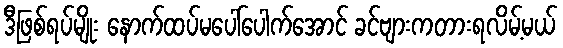
ဒီဖြစ်ရပ်မျိုး နောက်ထပ်မပေါ်ပေါက်အောင် ခင်ဗျားကတားရလိမ့်မယ်